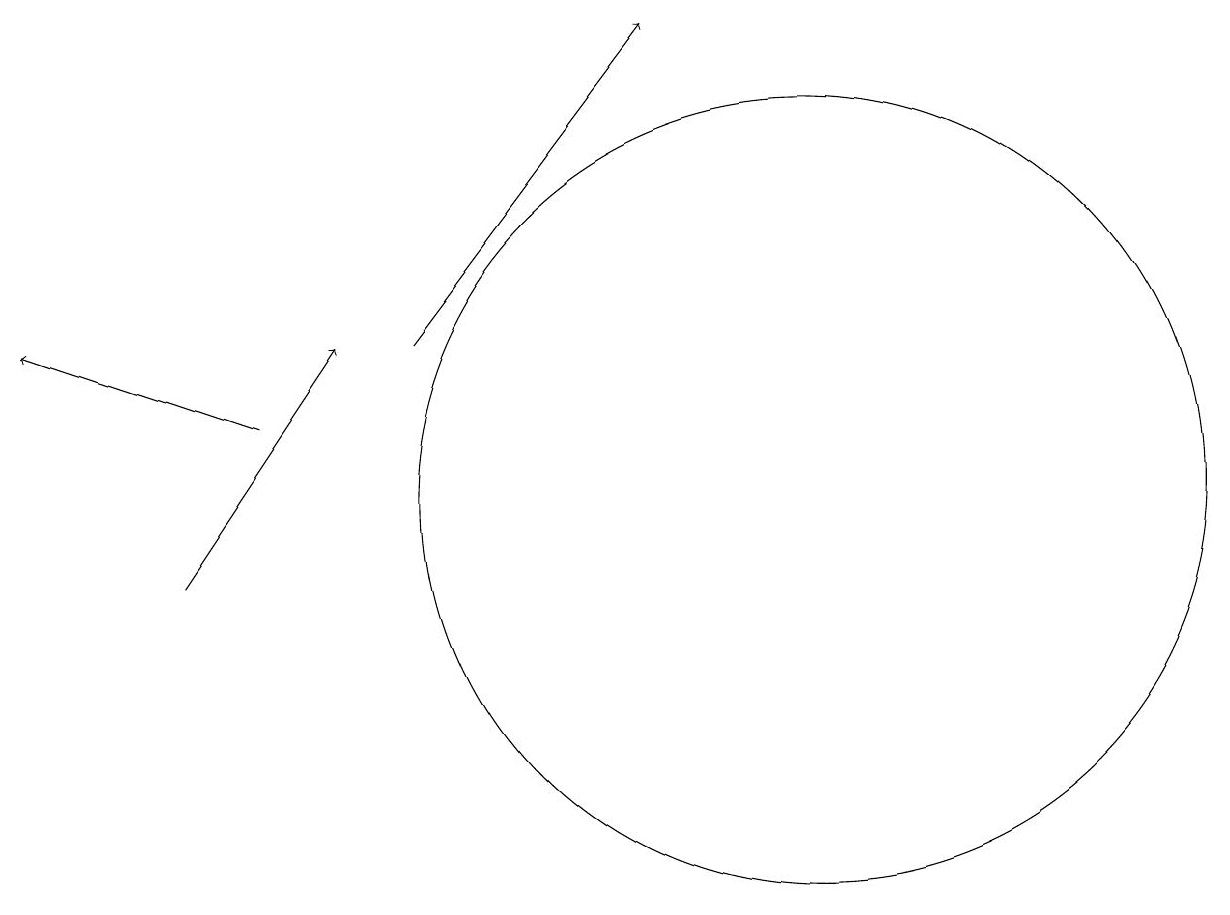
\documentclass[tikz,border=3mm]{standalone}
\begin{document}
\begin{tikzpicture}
\draw[->] (5,13) -- (8,17);
\draw[->] (3,12) -- (0,13);
\draw (10,11) circle (5);
\draw (10,11) circle (0);
\draw[->] (2,10) -- (4,13);
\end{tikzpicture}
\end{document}